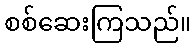
စစ်ဆေးကြသည်။